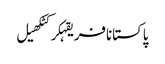
پاکستانافریقہکرکٹکھیل